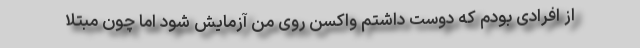
از افرادی بودم که دوست داشتم واکسن روی من آزمایش شود اما چون مبتلا